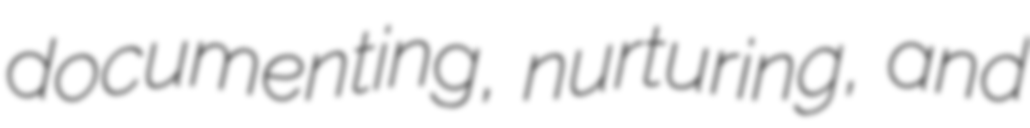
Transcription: documenting, nurturing, and